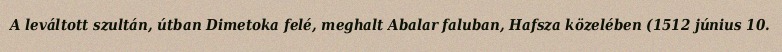
A leváltott szultán, útban Dimetoka felé, meghalt Abalar faluban, Hafsza közelében (1512 június 10.